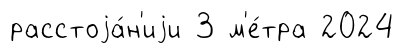
расстоjа́н'иjи 3 м'е́тра 2024